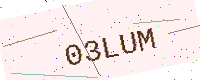
Text: 03LUM